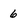
Character: 6